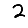
Digit: 2